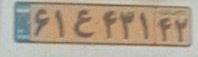
۶۱ع۴۳۱۴۲